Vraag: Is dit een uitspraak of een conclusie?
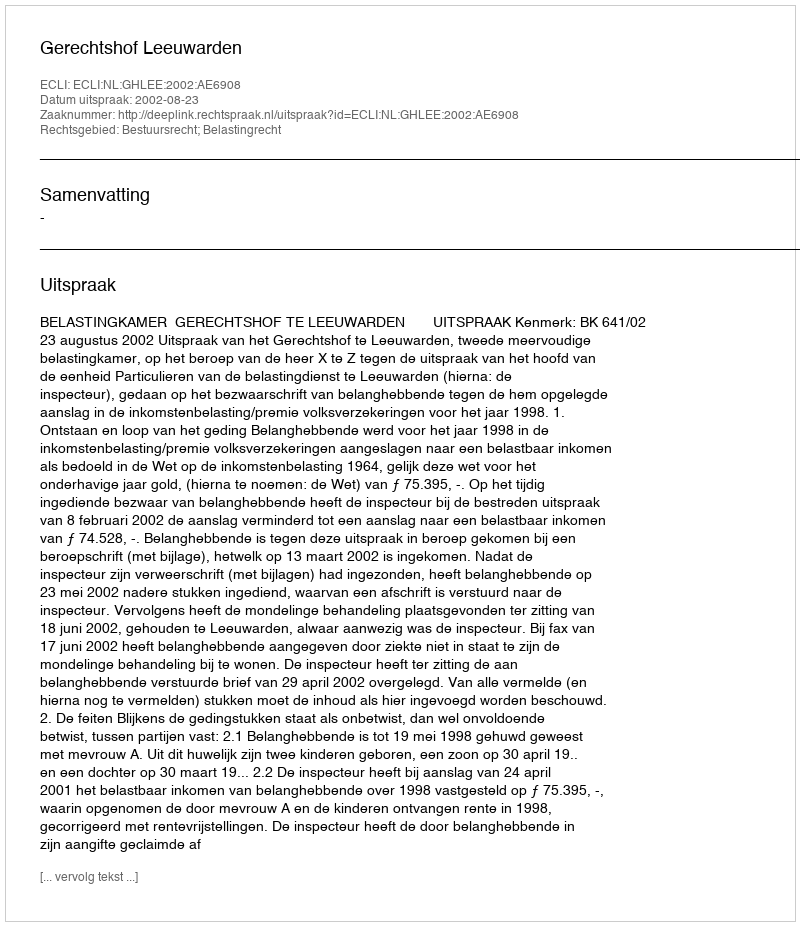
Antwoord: Uitspraak